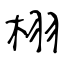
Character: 栩